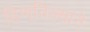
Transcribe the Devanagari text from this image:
हिणविल्याने